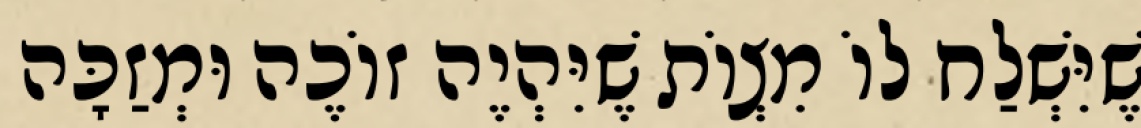
שֶׁיִּשְׁלַח לוֹ מִצְוֹת שֶׁיִּהְיֶה זוֹכֶה וּמְזַכָּה